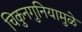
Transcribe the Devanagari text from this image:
चिकुनगुनियामुळे